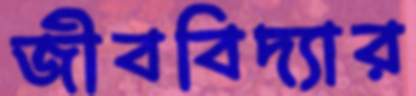
জীববিদ্যার